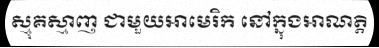
ស្មុគស្មាញ ជាមួយអាមេរិក នៅក្នុងអាណត្តិ